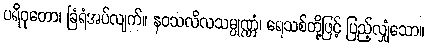
ပရိဝုတော၊ ခြံရံအပ်လျက်။ နဝသလိလသမ္ပုဏ္ဏံ၊ ရေသစ်တို့ဖြင့် ပြည့်လျှံသော။